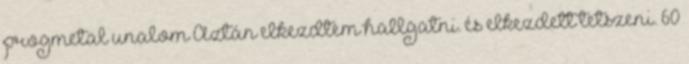
progmetal unalom Aztán elkezdtem hallgatni. és elkezdett tetszeni. 60